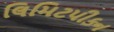
લિમિટપીકન